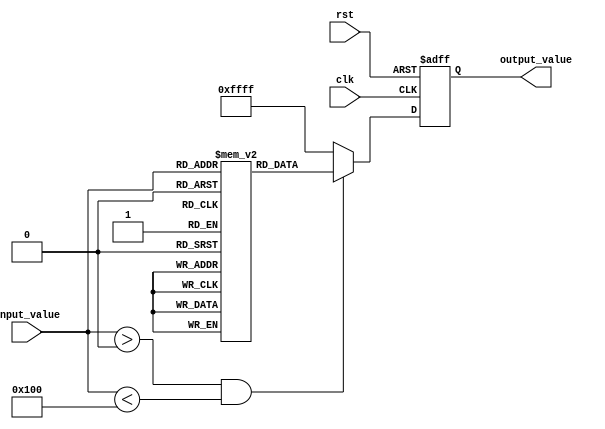
module lut_reciprocal (
    input wire [7:0] input_value,  // 8-bit input value
    input wire clk,                 // Clock signal
    input wire rst,                 // Reset signal
    output reg [15:0] output_value  // 16-bit output value for the reciprocal
);

    // Define the size of the LUT
    parameter LUT_SIZE = 256; // 256 entries for 0 to 255
    reg [15:0] lut [0:LUT_SIZE-1]; // LUT to store reciprocal values

    // Initialize the LUT with precomputed reciprocal values
    initial begin
        // Populate the LUT with reciprocal values (scaled by 2^16 for precision)
        lut[0] = 16'hFFFF; // Handle division by zero case (undefined)
        lut[1] = 16'h10000; // 1/1 = 1.0 * 2^16
        lut[2] = 16'h8000;  // 1/2 = 0.5 * 2^16
        lut[3] = 16'h5555;  // 1/3  0.3333 * 2^16
        lut[4] = 16'h4000;  // 1/4 = 0.25 * 2^16
        // Continue filling in the LUT for other values...
        // For example:
        lut[5] = 16'h3333;  // 1/5  0.2 * 2^16
        lut[6] = 16'h2AAA;  // 1/6  0.1667 * 2^16
        // ...
        lut[255] = 16'h40;  // 1/255  0.0039 * 2^16
    end

    // Control logic to read from the LUT
    always @(posedge clk or posedge rst) begin
        if (rst) begin
            output_value <= 16'h0; // Reset output
        end else begin
            if (input_value > 0 && input_value < LUT_SIZE) begin
                output_value <= lut[input_value]; // Lookup the reciprocal
            end else begin
                output_value <= 16'hFFFF; // Handle out of range or zero input
            end
        end
    end

endmodule